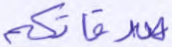
صدقاتكم